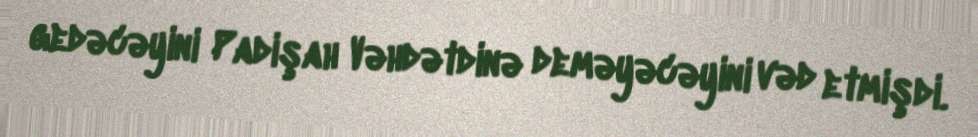
gedəcəyini Padişah Vəhdətdinə deməyəcəyini vəd etmişdi.